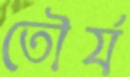
তৌর্য